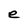
Character: e